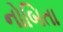
નોબિતા